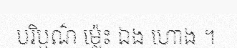
បរិបូណ៌ ម្ល៉េះ ឯង ហោង ។